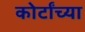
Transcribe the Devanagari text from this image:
कोर्टांच्या